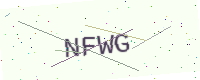
Text: NFWG